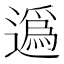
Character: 𨖿